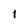
Character: 1